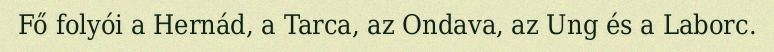
Fő folyói a Hernád, a Tarca, az Ondava, az Ung és a Laborc.